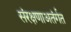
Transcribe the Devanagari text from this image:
संरक्षणाअतंर्गत